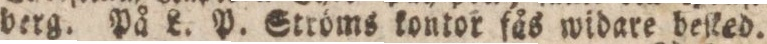
berg. På L. P. Ströms kontor fås widare beſted.